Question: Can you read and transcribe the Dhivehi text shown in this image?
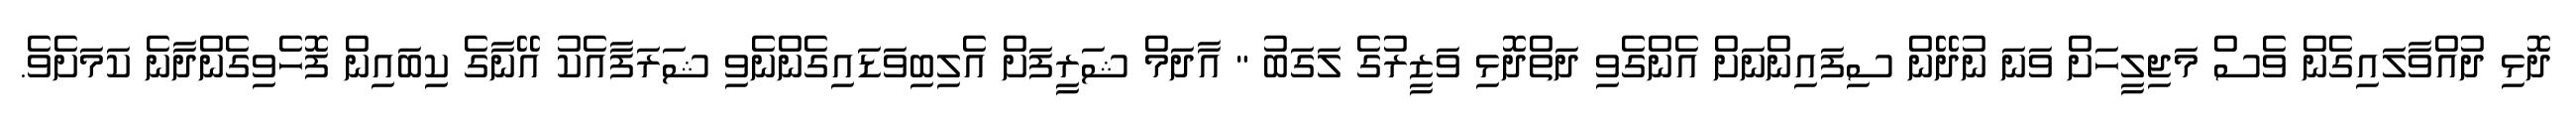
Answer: ދޮޅި ދުއްވާލައިގެން ވެސް މަޖިލީހަށް ވަނަ ނުދޭން ސިފައިންނަށް އެންގެވި ދަތްދޮޅި ވަޒީރުގެ ލަގަބު " އާދަމް ޝަރީފަށް އެލިބިވަޑައިގެންނެވި ޝަރަފާއެކު އޭނާގެ ކިބައިން ފޮހެވިގެންދާނެ ކަމަށެވެ.